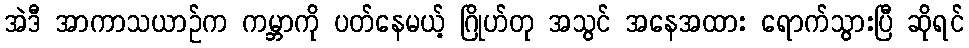
အဲဒီ အာကာသယာဉ်က ကမ္ဘာကို ပတ်နေမယ့် ဂြိုဟ်တု အသွင် အနေအထား ရောက်သွားပြီ ဆိုရင်